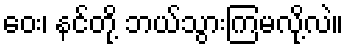
ဝေး၊ နင်တို့ ဘယ်သွားကြမလို့လဲ။